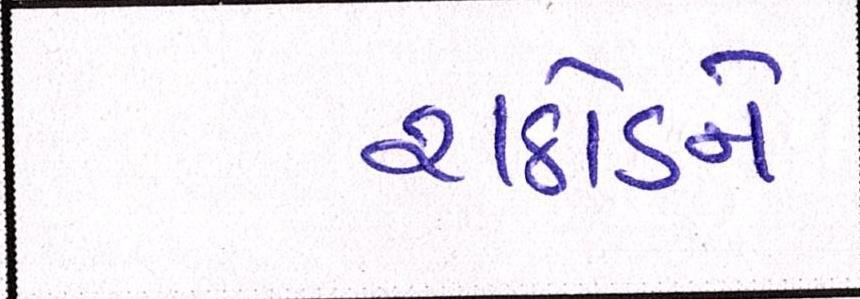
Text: રાઠોડને